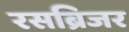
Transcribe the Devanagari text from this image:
रसब्रिजर